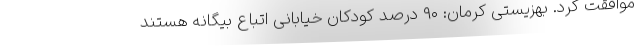
موافقت کرد. بهزیستی کرمان: ۹۰ درصد کودکان خیابانی اتباع بیگانه هستند